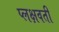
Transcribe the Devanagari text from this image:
प्लक्षवती